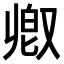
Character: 𫩃